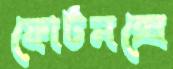
ফোর্টনক্সে